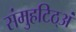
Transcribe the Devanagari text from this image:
संमुहटिठ्‌अं